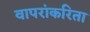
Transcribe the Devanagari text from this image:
वापरांकरिता